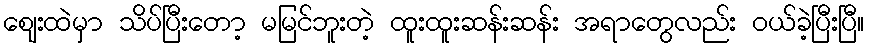
ဈေးထဲမှာ သိပ်ပြီးတော့ မမြင်ဘူးတဲ့ ထူးထူးဆန်းဆန်း အရာတွေလည်း ဝယ်ခဲ့ပြီးပြီ။